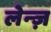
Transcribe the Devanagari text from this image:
लेन्ज़